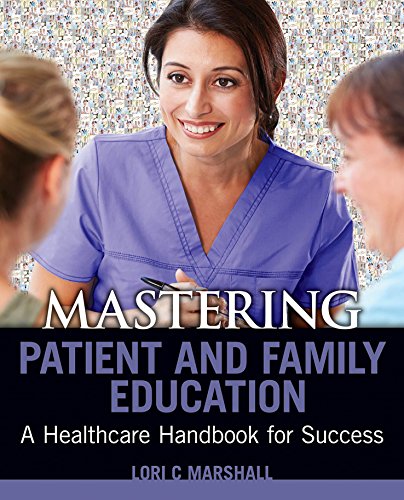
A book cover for Mastering Patient and Family Education: A Healthcare Handboook for Success; Lori C. Marshall; Medical Books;